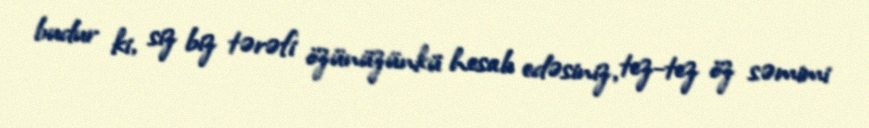
budur ki, siz biz tərəfi özünüzünkü hesab edəsiniz, tez-tez öz səmimi